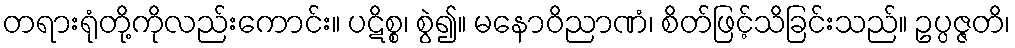
တရားရုံတို့ကိုလည်းကောင်း။ ပဋိစ္စ၊ စွဲ၍။ မနောဝိညာဏံ၊ စိတ်ဖြင့်သိခြင်းသည်။ ဥပ္ပဇ္ဇတိ၊